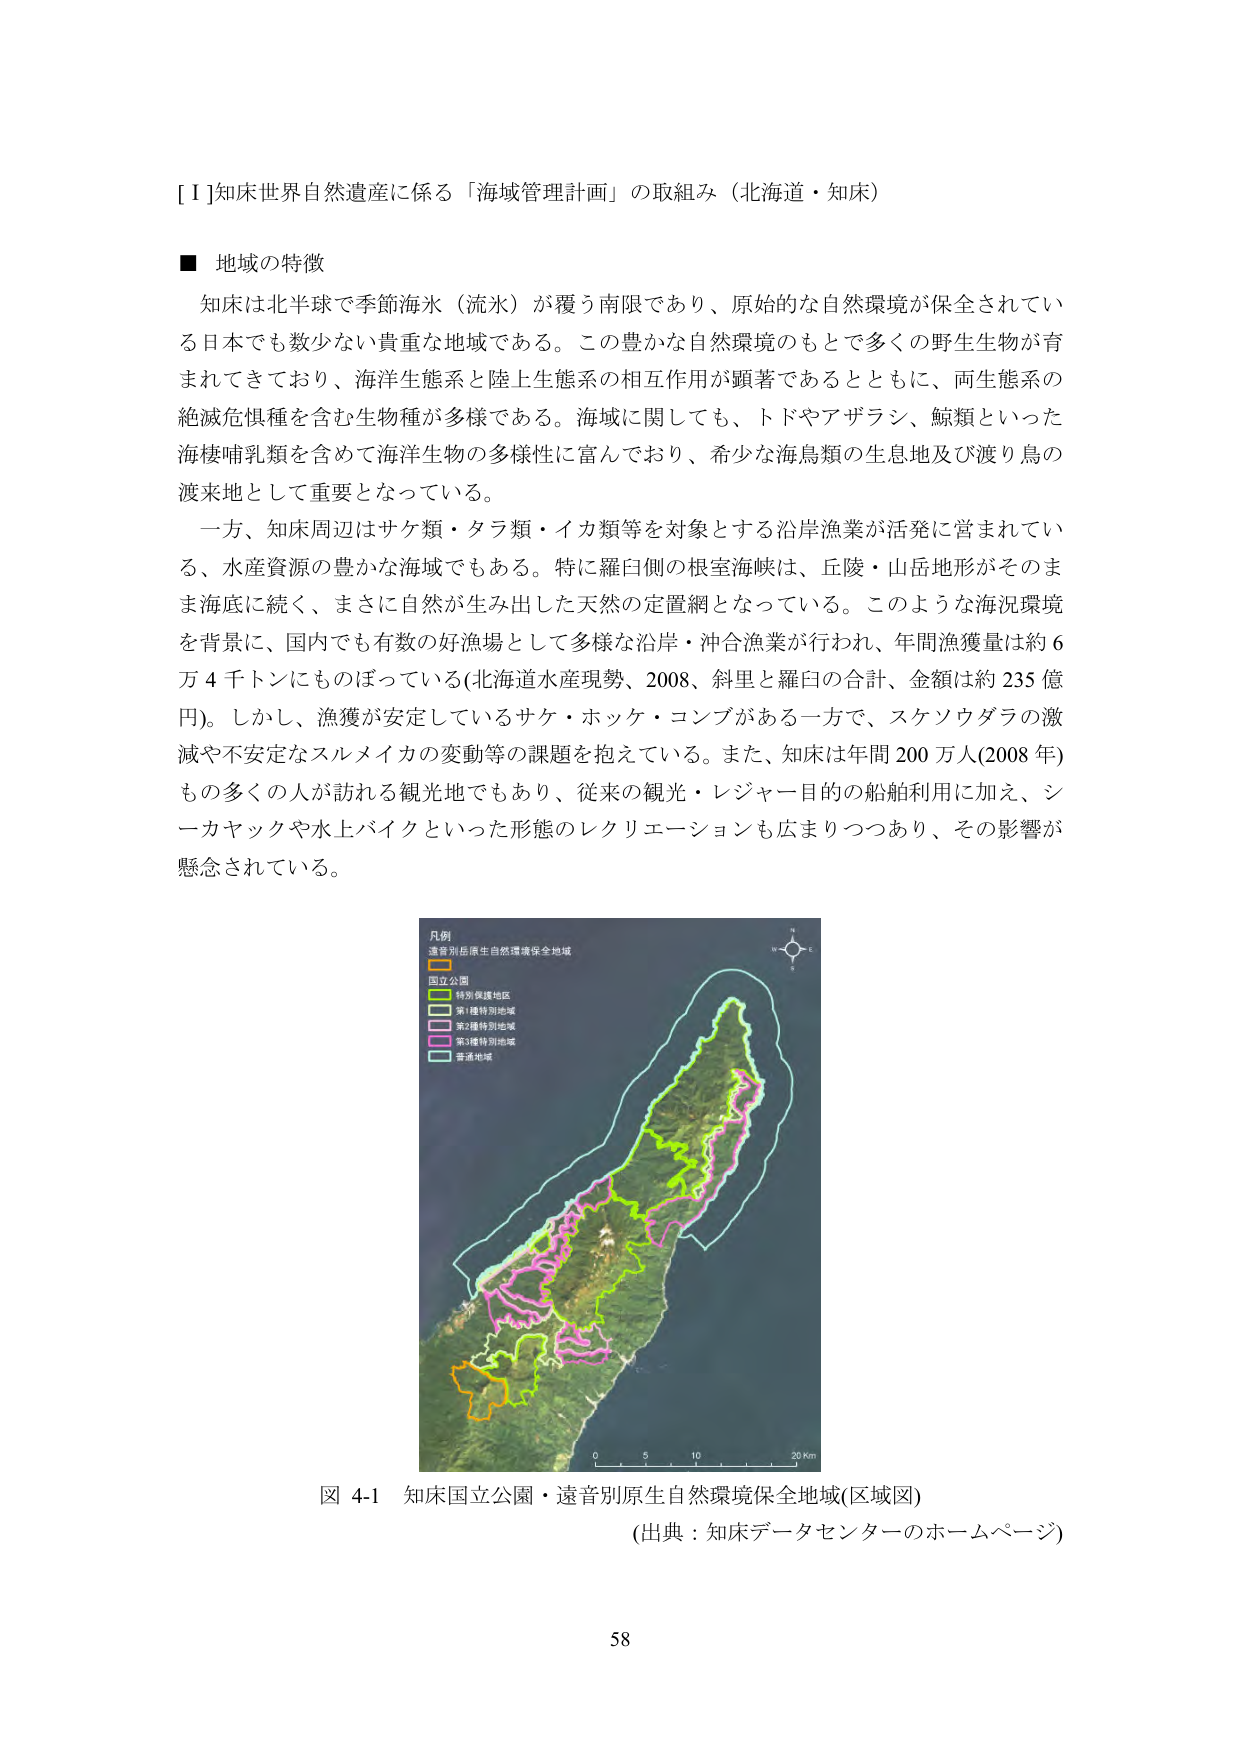
[Ⅰ]知床世界自然遺産に係る「海域管理計画」の取組み（北海道・知床）

■ 地域の特徴

知床は北半球で季節海氷（流氷）が覆う南限であり、原始的な自然環境が保全されている日本でも数少ない貴重な地域である。この豊かな自然環境のもとで多くの野生生物が育まれてきており、海洋生態系と陸上生態系の相互作用が顕著であるとともに、両生態系の絶滅危惧種を含む生物種が多様である。海域に関しても、トドやアザラシ、鯨類といった海棲哺乳類を含めて海洋生物の多様性に富んでおり、希少な海鳥類の生息地及び渡り鳥の渡来地として重要となっている。

一方、知床周辺はサケ類・タラ類・イカ類等を対象とする沿岸漁業が活発に営まれている、水産資源の豊かな海域でもある。特に羅臼側の根室海峡は、丘陵・山岳地形がそのまま海底に続く、まさに自然が生み出した天然の定置網となっている。このような海況環境を背景に、国内でも有数の好漁場として多様な沿岸・沖合漁業が行われ、年間漁獲量は約6万4千トンにものぼっている（北海道水産現勢、2008、斜里と羅臼の合計、金額は約235億円）。しかし、漁獲が安定しているサケ・ホッケ・コンブがある一方で、スケソウダラの激減や不安定なスルメイカの変動等の課題を抱えている。また、知床は年間200万人（2008年）もの多くの人が訪れる観光地でもあり、従来の観光・レジャー目的の船舶利用に加え、シーカヤックや水上バイクといった形態のレクリエーションも広まりつつあり、その影響が懸念されている。

凡例
遠音別原生自然環境保全地域
国立公園
特別保護地区
第1種特別地域
第2種特別地域
第3種特別地域
普通地域

図 4-1 知床国立公園・遠音別原生自然環境保全地域（区域図）
（出典：知床データセンターのホームページ）

58